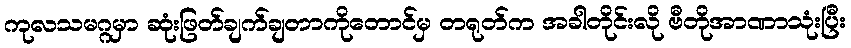
ကုလသမဂ္ဂမှာ ဆုံးဖြတ်ချက်ချတာကိုတောင်မှ တရုတ်က အခါတိုင်းလို ဗီတိုအာဏာသုံးပြီး